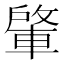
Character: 𮝕